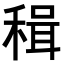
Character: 𥠋